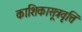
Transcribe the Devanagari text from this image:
काशिकासूत्रवृत्ति